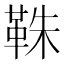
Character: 𩊣